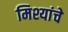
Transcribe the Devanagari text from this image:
मिश्यांचे